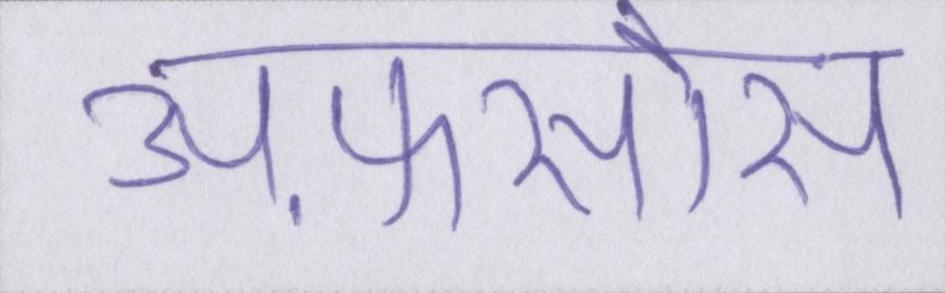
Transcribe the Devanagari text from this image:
अफ़सोस